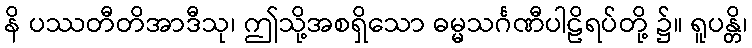
နိ ပဿတီတိအာဒီသု၊ ဤသို့အစရှိသော ဓမ္မသင်္ဂဏီပါဠိရပ်တို့ ၌။ ရူပန္တိ၊